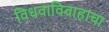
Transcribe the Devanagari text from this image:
विधवाविवाहाचा